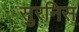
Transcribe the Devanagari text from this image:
सुरनिस